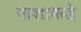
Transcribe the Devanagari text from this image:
नाशाकडे